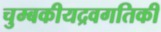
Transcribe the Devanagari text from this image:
चुम्बकीयद्रवगतिकी